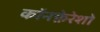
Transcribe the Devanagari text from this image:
कॉनफ़ेरेशो